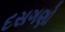
દસગણો